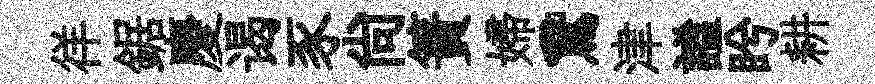
徉鋸慶谒豕尙簀婦鵞津謐盻耕